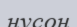
нусон